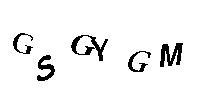
GSGYGM